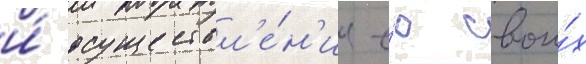
и́ осуществл'е́н'ие е́ю свои́х